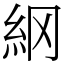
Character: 䋄